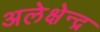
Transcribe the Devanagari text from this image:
अलेक्षेन्द्र